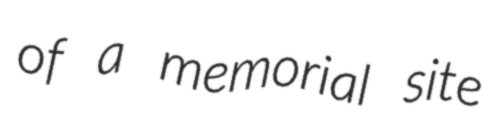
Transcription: of a memorial site